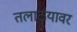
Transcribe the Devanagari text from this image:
तलाठयावर